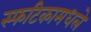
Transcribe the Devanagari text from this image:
स्फटिकामधले